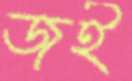
জই